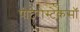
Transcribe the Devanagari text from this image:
पीटेरोस्टेकसॉ